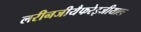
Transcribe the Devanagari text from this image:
लरीनजीयैफरेइजीयाल